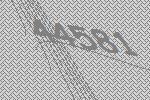
44581